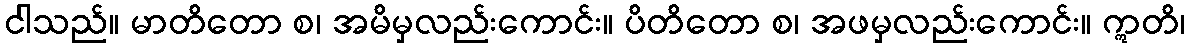
ငါသည်။ မာတိတော စ၊ အမိမှလည်းကောင်း။ ပိတိတော စ၊ အဖမှလည်းကောင်း။ ဣတိ၊